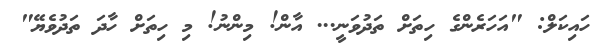
ހައިކަލް: "އަހަރެންގެ ހިތަށް ތަދުވަނީ... އާން! މިންނު! މި ހިތަށް ހާދަ ތަދުވެޔޭ"